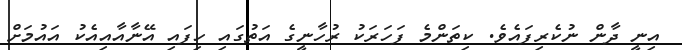
އިނީ ދާން ނުކެރިފައެވެ. ކިތަންމެ ފަހަރަކު ރުހާނީގެ އަތުގައި ހިފައި އޭނާއާއިއެކު އައުމަށް